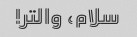
سلام، والتر!